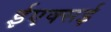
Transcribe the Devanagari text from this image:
ईएक्सई